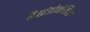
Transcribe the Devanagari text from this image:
है।इंडोनेशिया